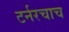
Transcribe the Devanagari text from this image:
टर्नरचाच